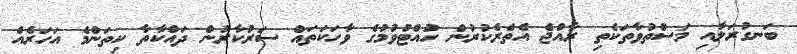
ބަނގުރަލާއި މަސްތުވާތަކެތި ރާއްޖެ އެތެރެކުރުން ހުއްޓުވުމުގެ ވާހަކަތައް ސަރުކާރުން ދައްކާތާ ކިތަންމެ އަހަރެއް